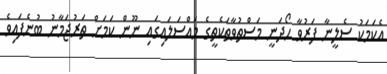
އެކަމަކު ސެލީނާ ފަރުވާ ހޯދަނީ މަސްތުވާތަކެތީގެ މައްސަލައިގައި ނޫން ކަމަށް ތަރުޖަމާނު ބުނެފައިވެ